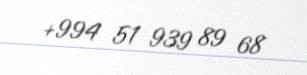
+994 51 939 89 68